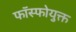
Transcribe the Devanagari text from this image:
फॉस्फोयुक्त